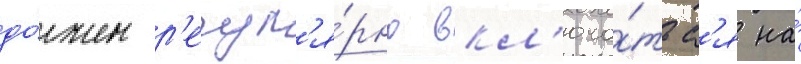
до́лжен р'егул'я́рно вкл'юча́тьс'я на́